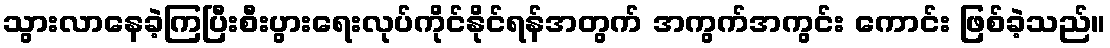
သွားလာနေခဲ့ကြပြီးစီးပွားရေးလုပ်ကိုင်နိုင်ရန်အတွက် အကွက်အကွင်း ကောင်း ဖြစ်ခဲ့သည်။